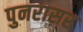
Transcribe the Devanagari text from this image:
पुनरासर